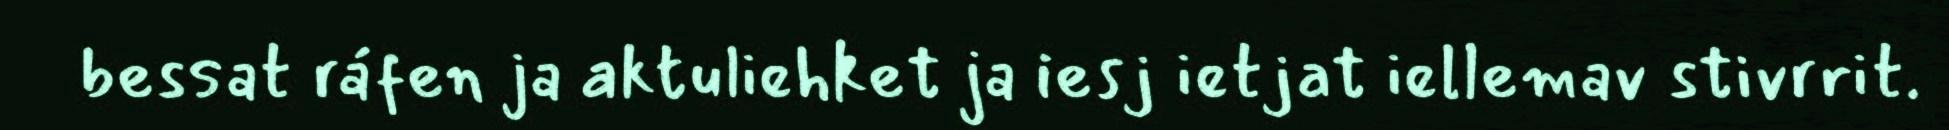
bessat ráfen ja aktuliehket ja iesj ietjat iellemav stivrrit.